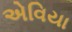
એવિયા